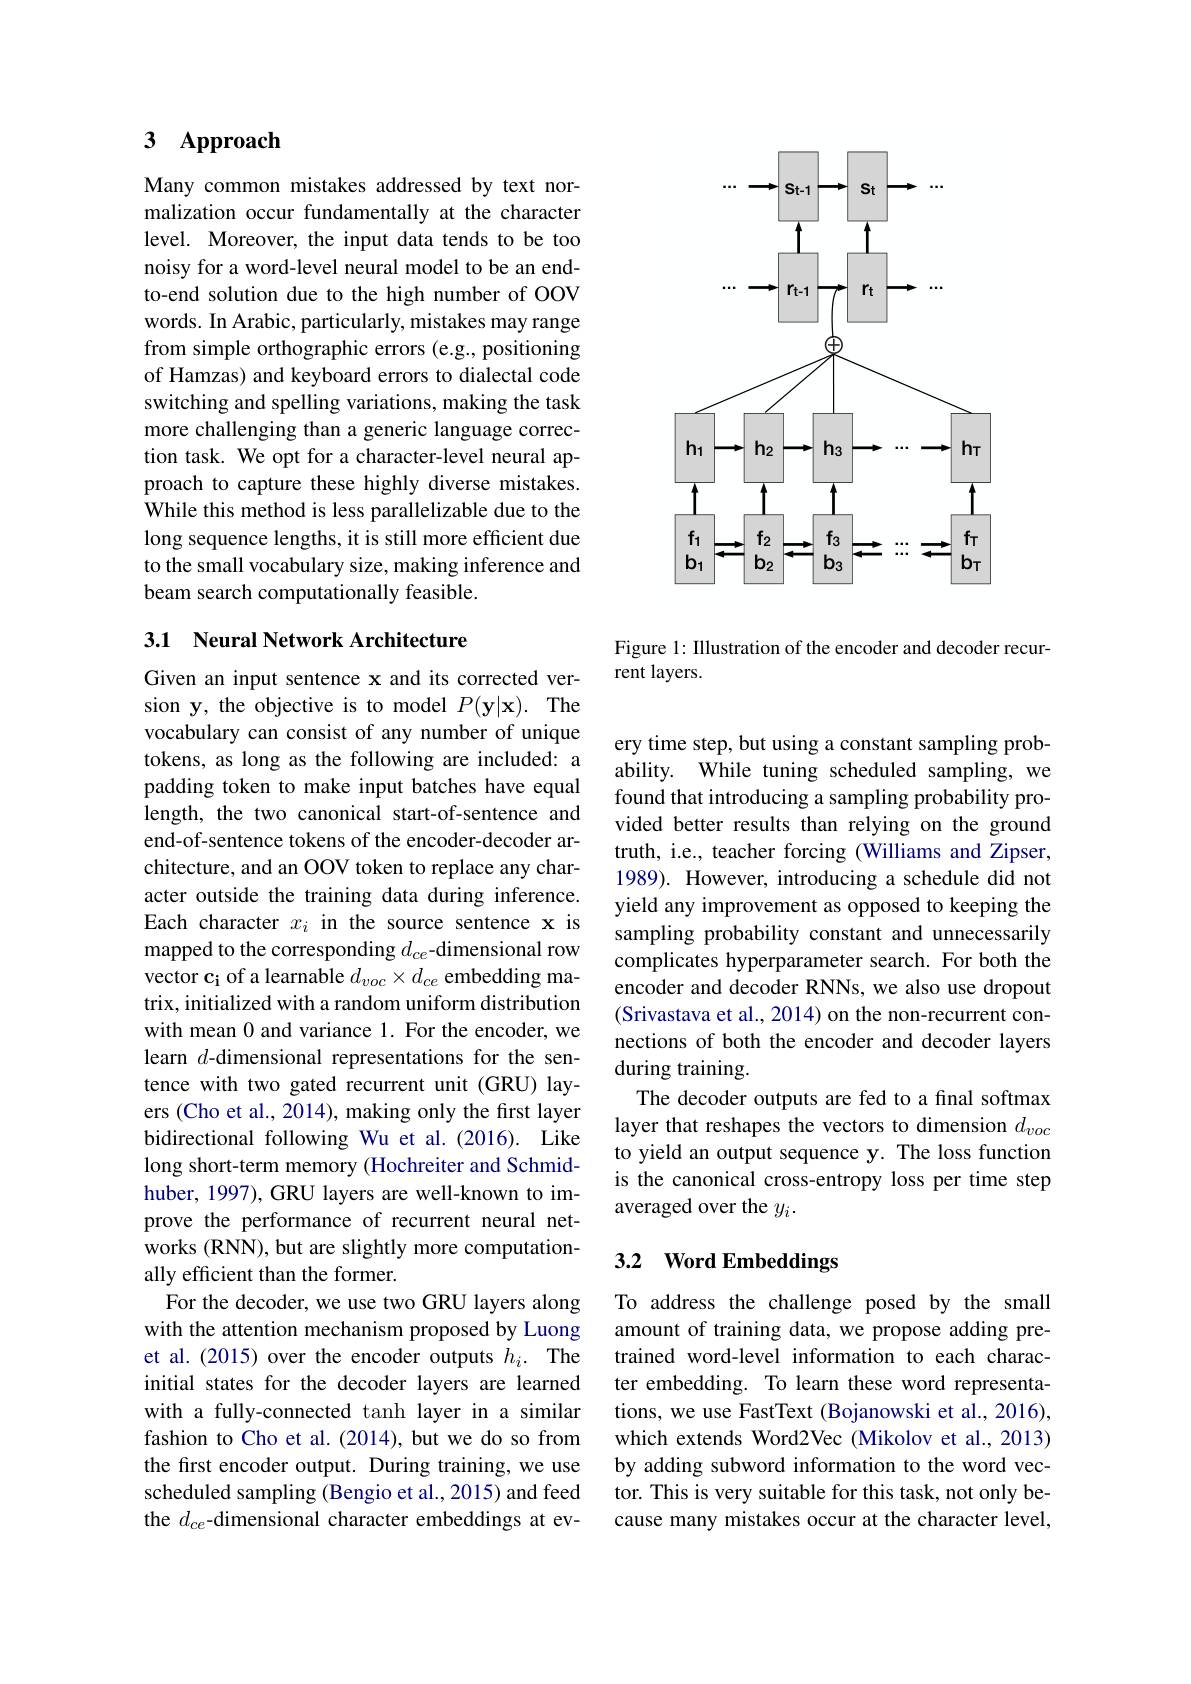
## 3 Approach

Many common mistakes addressed by text normalization occur fundamentally at the character level. Moreover, the input data tends to be too noisy for a word-level neural model to be an endto-end solution due to the high number of OOV words. In Arabic, particularly, mistakes may range from simple orthographic errors (e.g., positioning of Hamzas) and keyboard errors to dialectal code switching and spelling variations, making the task more challenging than a generic language correction task. We opt for a character-level neural approach to capture these highly diverse mistakes. While this method is less parallelizable due to the long sequence lengths, it is still more efficient due to the small vocabulary size, making inference and beam search computationally feasible.

### 3.1 Neural Network Architecture

Given an input sentence x and its corrected version y, the objective is to model $P(\mathbf{y}|\mathbf{x}).$ The vocabulary can consist of any number of unique tokens, as long as the following are included: a padding token to make input batches have equal length, the two canonical start-of-sentence and end-of-sentence tokens of the encoder-decoder architecture, and an OOV token to replace any character outside the training data during inference. Each character $x_i$ in the source sentence x is mapped to the corresponding $d_ce$-dimensional row vector $\mathbf{c_i}$ of a learnable $d_voc\times d_{ce}$ embedding matrix, initialized with a random uniform distribution with mean 0 and variance 1. For the encoder, we learn $d$-dimensional representations for the sentence with two gated recurrent unit (GRU) layers (Cho et al., 2014), making only the first layer bidirectional following Wu et al.(2016). Like long short-term memory (Hochreiter and Schmidhuber, 1997), GRU layers are well-known to improve the performance of recurrent neural networks (RNN), but are slightly more computationally efficient than the former.
For the decoder, we use two GRU layers along with the attention mechanism proposed by Luong et al.(2015) over the encoder outputs $h_i.$ The initial states for the decoder layers are learned with a fully-connected tanh layer in a similar fashion to Cho et al.(2014), but we do so from the first encoder output. During training, we use scheduled sampling (Bengio et al., 2015) and feed the $d_{ce}$-dimensional character embeddings at ev-

<FigureHere>

Figure 1: Illustration of the encoder and decoder recur-
rent layers.

ery time step, but using a constant sampling probability. While tuning scheduled sampling, we found that introducing a sampling probability provided better results than relying on the ground truth, i.e., teacher forcing (Williams and Zipser, 1989). However, introducing a schedule did not yield any improvement as opposed to keeping the sampling probability constant and unnecessarily complicates hyperparameter search. For both the encoder and decoder RNNs, we also use dropout (Srivastava et al., 2014) on the non-recurrent connections of both the encoder and decoder layers during training
The decoder outputs are fed to a final softmax layer that reshapes the vectors to dimension $d_{voc}$ to yield an output sequence y. The loss function is the canonical cross-entropy loss per time step averaged over the $y_i.$

## 3.2 Word Embeddings

To address the challenge posed by the small amount of training data, we propose adding pretrained word-level information to each character embedding. To learn these word representations, we use FastText (Bojanowski et al., 2016), which extends Word2Vec (Mikolov et al., 2013) by adding subword information to the word vector. This is very suitable for this task, not only because many mistakes occur at the character level,